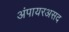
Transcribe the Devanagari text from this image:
अंपायरअसद